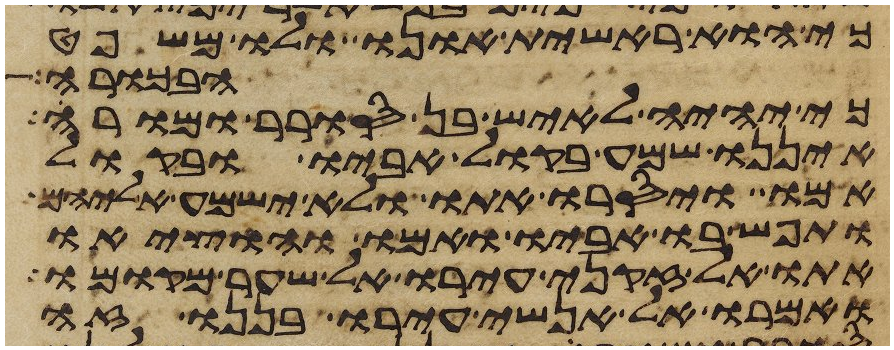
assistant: כי הוא ראשית אונו ולו משפט
הבכורה
כי יהיה לאיש בן סורר ומורה
איננו שמע בקול אביו ובקול
אמו ויסרו אתו ולא ישמע אליהם
ותפש בו אביו ואמו והוציאו
אתו אל זקני עירו אל שער מקומו
ואמרו אל אנשי עירו בננו זה